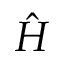
\hat { H }